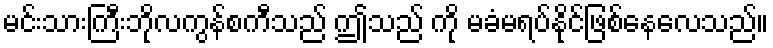
မင်းသားကြီးဘိုလကွန်စကီသည် ဤသည် ကို မခံမရပ်နိုင်ဖြစ်နေလေသည်။